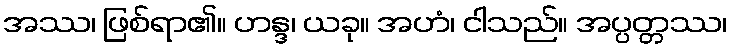
အဿ၊ ဖြစ်ရာ၏။ ဟန္ဒ၊ ယခု။ အဟံ၊ ငါသည်။ အပ္ပတ္တဿ၊